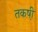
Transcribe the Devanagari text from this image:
तकष़ी